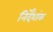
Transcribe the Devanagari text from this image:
निर्देंशांक